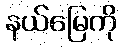
နယ်မြေကို